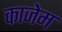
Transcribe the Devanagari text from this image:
काजेम